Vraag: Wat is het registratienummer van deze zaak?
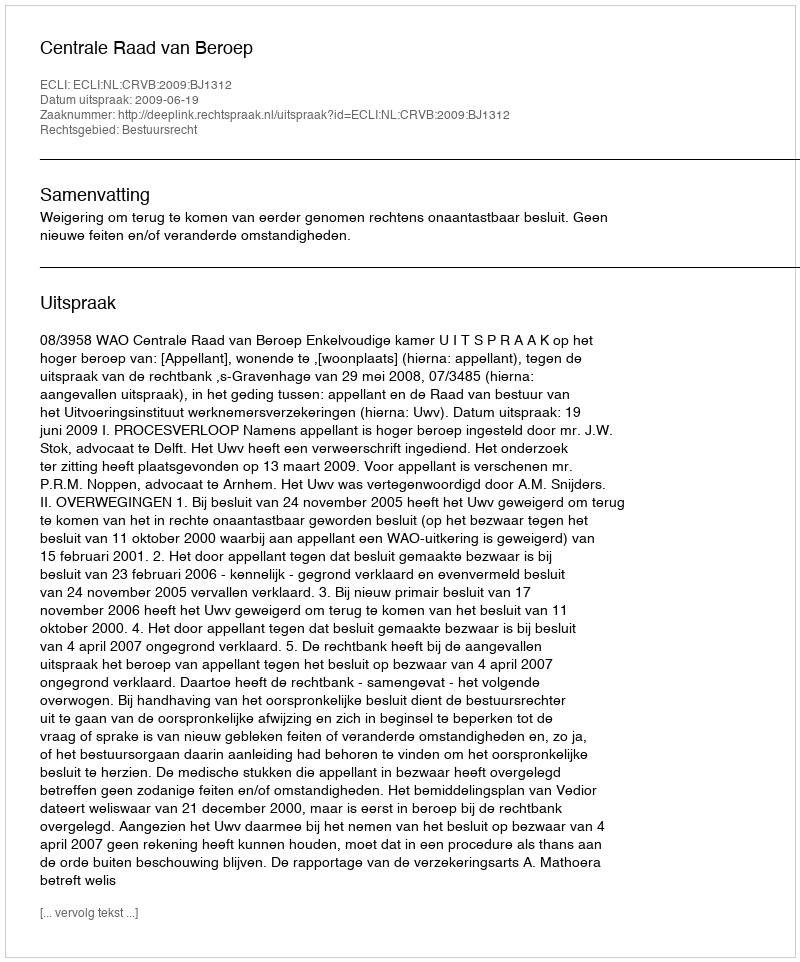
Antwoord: http://deeplink.rechtspraak.nl/uitspraak?id=ECLI:NL:CRVB:2009:BJ1312